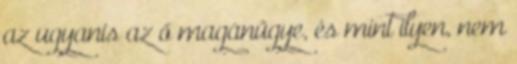
az ugyanis az ő magánügye, és mint ilyen, nem